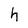
Character: h